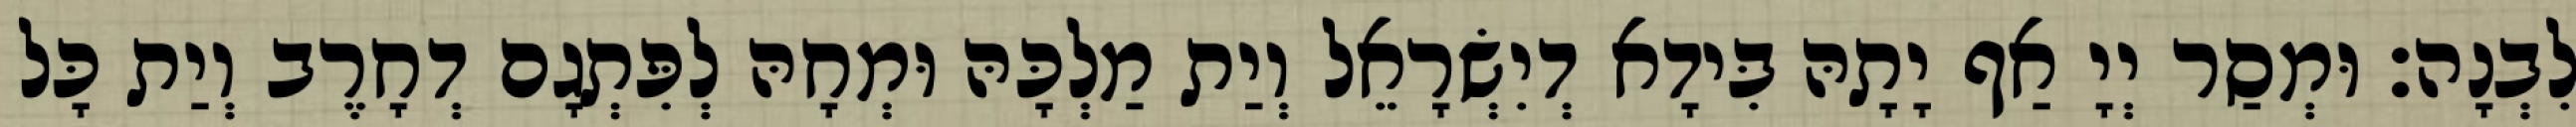
לִבְנָה׃ וּמְסַר יְיָ אַף יָתָהּ בִּידָא דְיִשְׂרָאֵל וְיַת מַלְכָּהּ וּמְחָהּ לְפִּתְגָם דְחָרֶב וְיַת כָּל